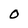
Character: O